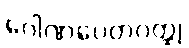
ဂေါဏပေတဝတ္ထု